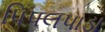
પિપલપાડા